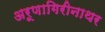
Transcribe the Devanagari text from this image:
अरूणागिरीनाथर